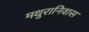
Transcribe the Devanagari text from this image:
मथुरानिवास